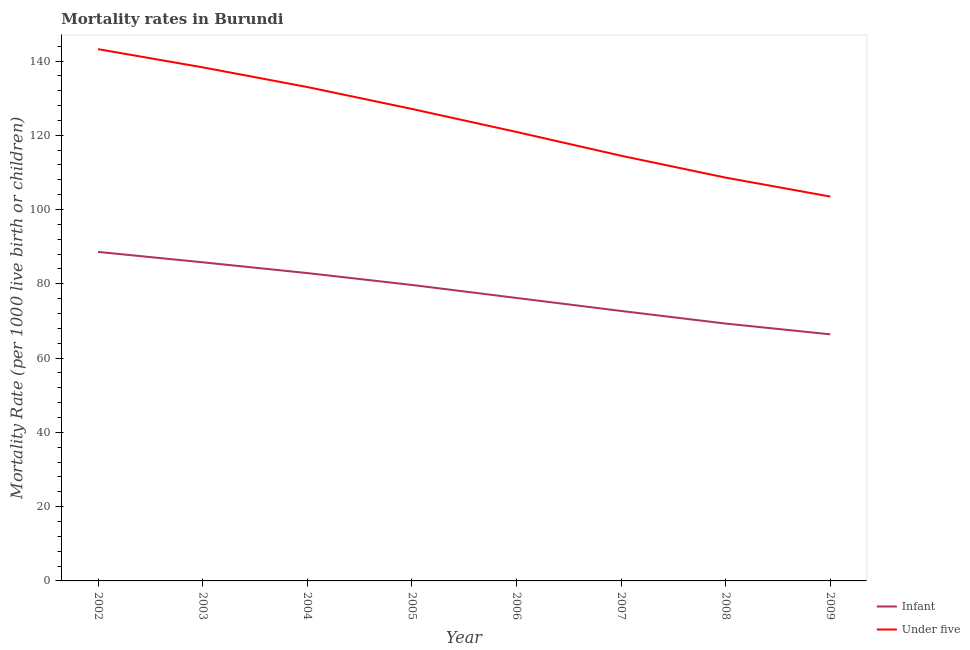
| Year | Infant | Under five |
 | --- | --- | --- |
 | 2002 | 88.6 | 143 |
 | 2003 | 85.8 | 138 |
 | 2004 | 82.9 | 133 |
 | 2005 | 79.7 | 127 |
 | 2006 | 76.2 | 121 |
 | 2007 | 72.7 | 114 |
 | 2008 | 69.3 | 109 |
 | 2009 | 66.4 | 104 |